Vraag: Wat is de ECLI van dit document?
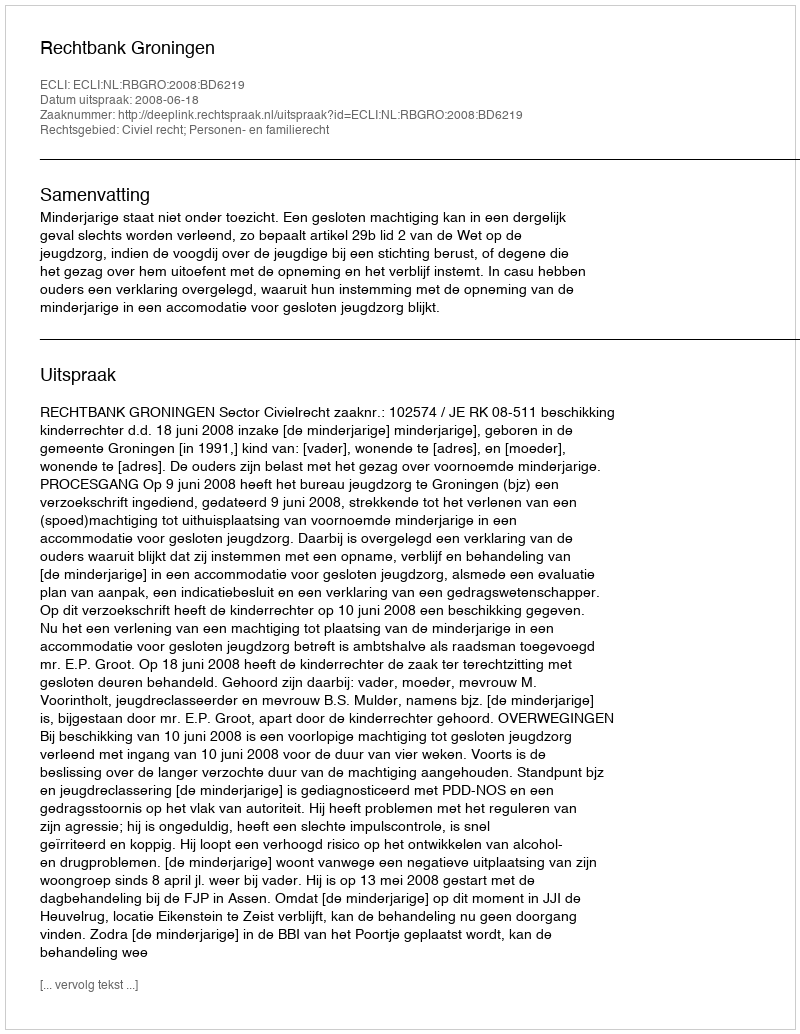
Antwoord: ECLI:NL:RBGRO:2008:BD6219